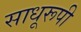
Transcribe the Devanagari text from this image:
साधूरूपी